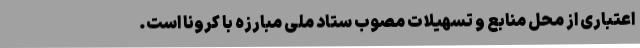
اعتباری از محل منابع و تسهیلات مصوب ستاد ملی مبارزه با کرونا است.